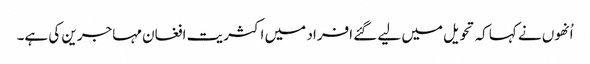
اُنھوں نے کہا کہ تحویل میں لیے گئے افراد میں اکثریت افغان مہاجرین کی ہے۔